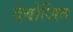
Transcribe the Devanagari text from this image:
देबोजित